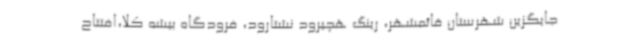
جایگزین شهرستان قائمشهر، رینگ هچیرود نشتارود، فرودگاه بیشه کلا،افتتاح